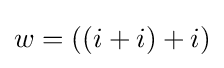
w=((i+i)+i)